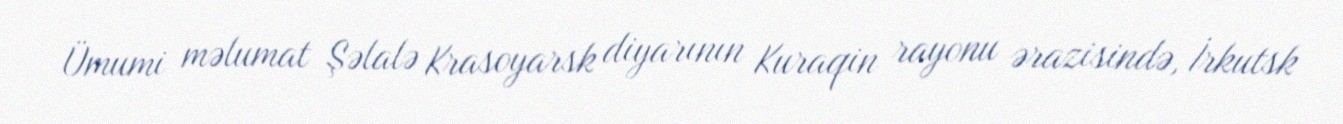
Ümumi məlumat Şəlalə Krasoyarsk diyarının Kuraqin rayonu ərazisində, İrkutsk